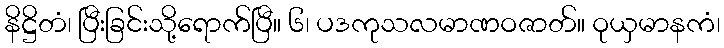
နိဋ္ဌိတံ၊ ပြီးခြင်းသို့ရောက်ပြီ။ ၆၊ ပဒကုသလမာဏဝဇာတ်။ ဝုယှမာနကံ၊